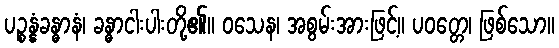
ပဉ္စန္နံခန္ဓာနံ၊ ခန္ဓာငါးပါးတို့၏။ ဝသေန၊ အစွမ်းအားဖြင့်။ ပဝတ္တေ၊ ဖြစ်သော။